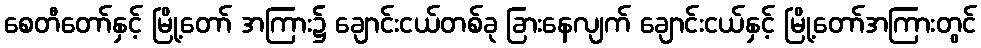
စေတီတော်နှင့် မြို့တော် အကြား၌ ချောင်းငယ်တစ်ခု ခြားနေလျက် ချောင်းငယ်နှင့် မြို့တော်အကြားတွင်